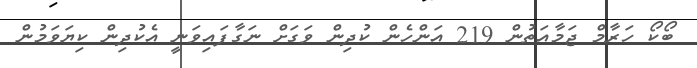
ބޯކޯ ހަރާމް ޖަމާއަތުން 219 އަންހެން ކުދިން ވަގަށް ނަގާފައިވަނީ އެކުދިން ކިޔަވަމުން